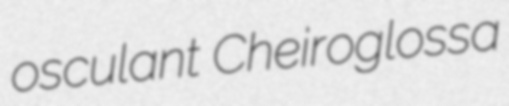
osculant Cheiroglossa